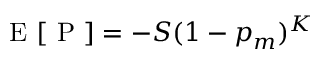
\mathrm { ~ E ~ } [ \mathrm { ~ P ~ } ] = - S ( 1 - p _ { m } ) ^ { K }